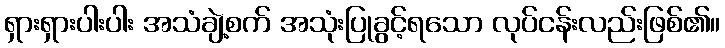
ရှားရှားပါးပါး အသံချဲ့စက် အသုံးပြုခွင့်ရသော လုပ်ငန်းလည်းဖြစ်၏။